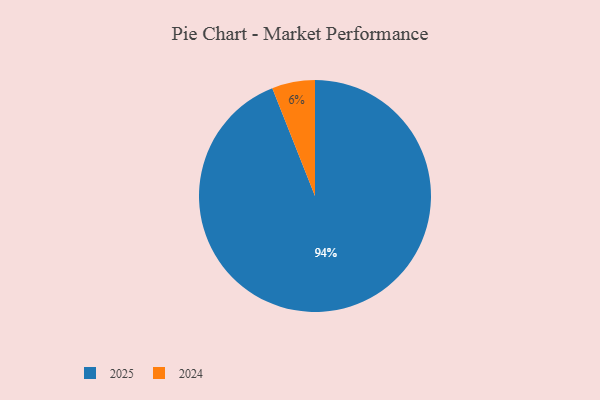
{"axis": {"x": "Category", "y": "Percentage"}, "legend": ["2024", "2025"], "data": [{"x": "2025", "y": 94, "type": "2025"}, {"x": "2024", "y": 6, "type": "2024"}]}